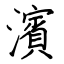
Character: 濱